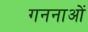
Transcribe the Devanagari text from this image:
गननाओं